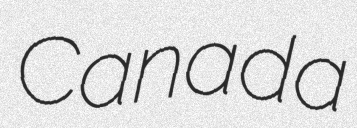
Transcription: Canada